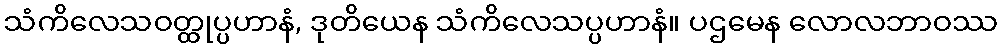
သံကိလေသဝတ္ထုပ္ပဟာနံ, ဒုတိယေန သံကိလေသပ္ပဟာနံ။ ပဌမေန လောလဘာဝဿ